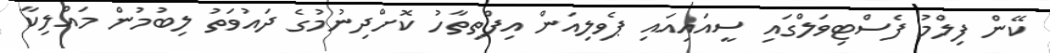
ކޭން ފިލްމު ފެސްޓިވަލްގައި ސީއައިއައި ޕެވިލިއަން އިފްތިތާހު ކޮށްދިނުމުގެ ދައުވަތު ލިބުމުން މައްލިކާ